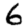
Digit: 6